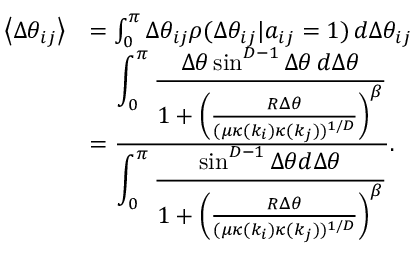
\begin{array} { r l } { \left< \Delta \theta _ { i j } \right> } & { = \int _ { 0 } ^ { \pi } \Delta \theta _ { i j } \rho ( \Delta \theta _ { i j } | a _ { i j } = 1 ) \, d \Delta \theta _ { i j } } \\ & { = \frac { \displaystyle \int _ { 0 } ^ { \pi } \frac { \Delta \theta \sin ^ { D - 1 } \Delta \theta \, d \Delta \theta } { 1 + \left( \frac { R \Delta \theta } { ( \mu \kappa ( k _ { i } ) \kappa ( k _ { j } ) ) ^ { 1 / D } } \right) ^ { \beta } } } { \displaystyle \int _ { 0 } ^ { \pi } \frac { \sin ^ { D - 1 } \Delta \theta d \Delta \theta } { 1 + \left( \frac { R \Delta \theta } { ( \mu \kappa ( k _ { i } ) \kappa ( k _ { j } ) ) ^ { 1 / D } } \right) ^ { \beta } } } . } \end{array}